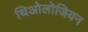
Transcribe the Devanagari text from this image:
थिओलोजियन